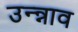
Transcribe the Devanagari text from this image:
उन्न्नाव